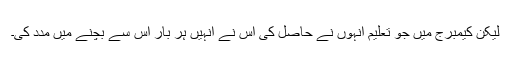
لیکن کیمبرج میں جو تعلیم انہوں نے حاصل کی اس نے انہیں ہر بار اس سے بچنے میں مدد کی۔